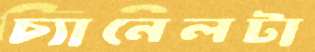
চ্যানেলটা